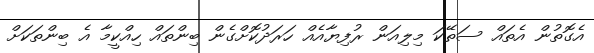
އެގޮތުން އެތައް ސަތޭކަ މިލިއަން ރުފިޔާއެއް ހަރަދުކޮށްގެން ބިންތައް ހިއްކީމާ އެ ބިންތަކަށް